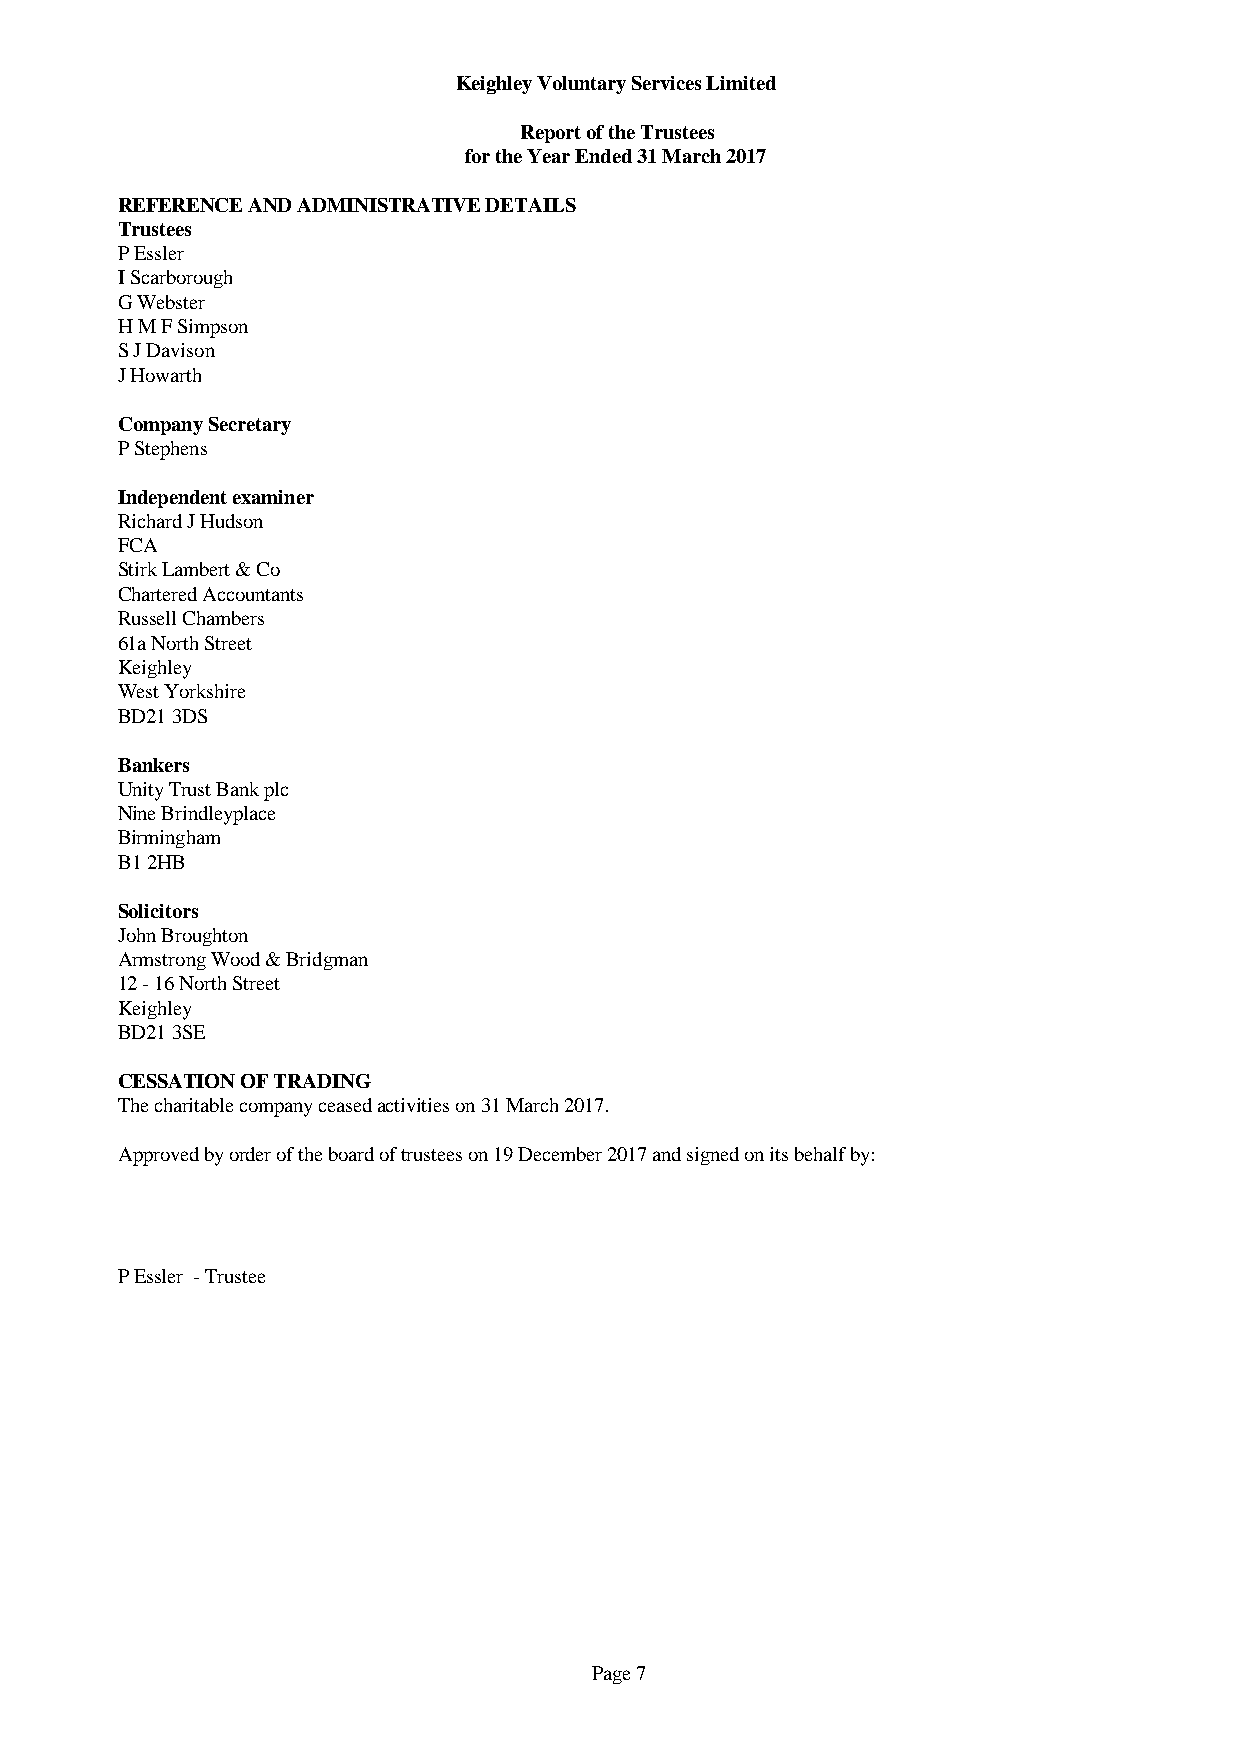
Keighley Voluntary Services Limited
 Report of the Trustees
 for the Year Ended 31 March 2017
 REFERENCE AND ADMINISTRATIVE DETAILS
 Trustees
 P Essler
 I Scarborough
 G Webster
 H M F Simpson
 S J Davison
 J Howarth
 Company Secretary
 P Stephens
 Independent examiner
 Richard J Hudson
 FCA
 Stirk Lambert & Co
 Chartered Accountants
 Russell Chambers
 61a North Street
 Keighley
 West Yorkshire
 BD21 3DS
 Bankers
 Unity Trust Bank plc
 Nine Brindleyplace
 Birmingham
 B1 2HB
 Solicitors
 John Broughton
 Armstrong Wood & Bridgman
 12 - 16 North Street
 Keighley
 BD21 3SE
 CESSATION OF TRADING
 The charitable company ceased activities on 31 March 2017.
 Approved by order of the board of trustees on 19 December 2017 and signed on its behalf by:
 P Essler - Trustee
 Page 7